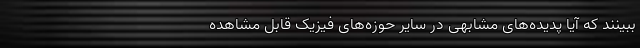
ببینند که آیا پدیده‌های مشابهی در سایر حوزه‌های فیزیک قابل مشاهده